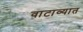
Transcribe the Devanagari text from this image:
वाटाव्यात